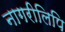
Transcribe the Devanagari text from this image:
नागरीलिपि